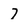
Character: 7